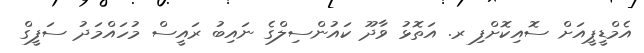
އެމްޑީޕީއަށް ސޮއިކޮށްފި ރ. އަތޮޅު ވާދޫ ކައުންސިލްގެ ނައިބު ރައީސް މުހައްމަދު ސަފީގް